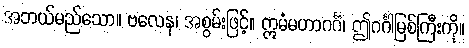
အဘယ်မည်သော။ ဗလေန၊ အစွမ်းဖြင့်။ ဣမံမဟာဂင်္ဂံ၊ ဤဂင်္ဂါမြစ်ကြီးကို။